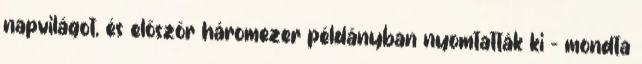
napvilágot, és először háromezer példányban nyomtatták ki – mondta